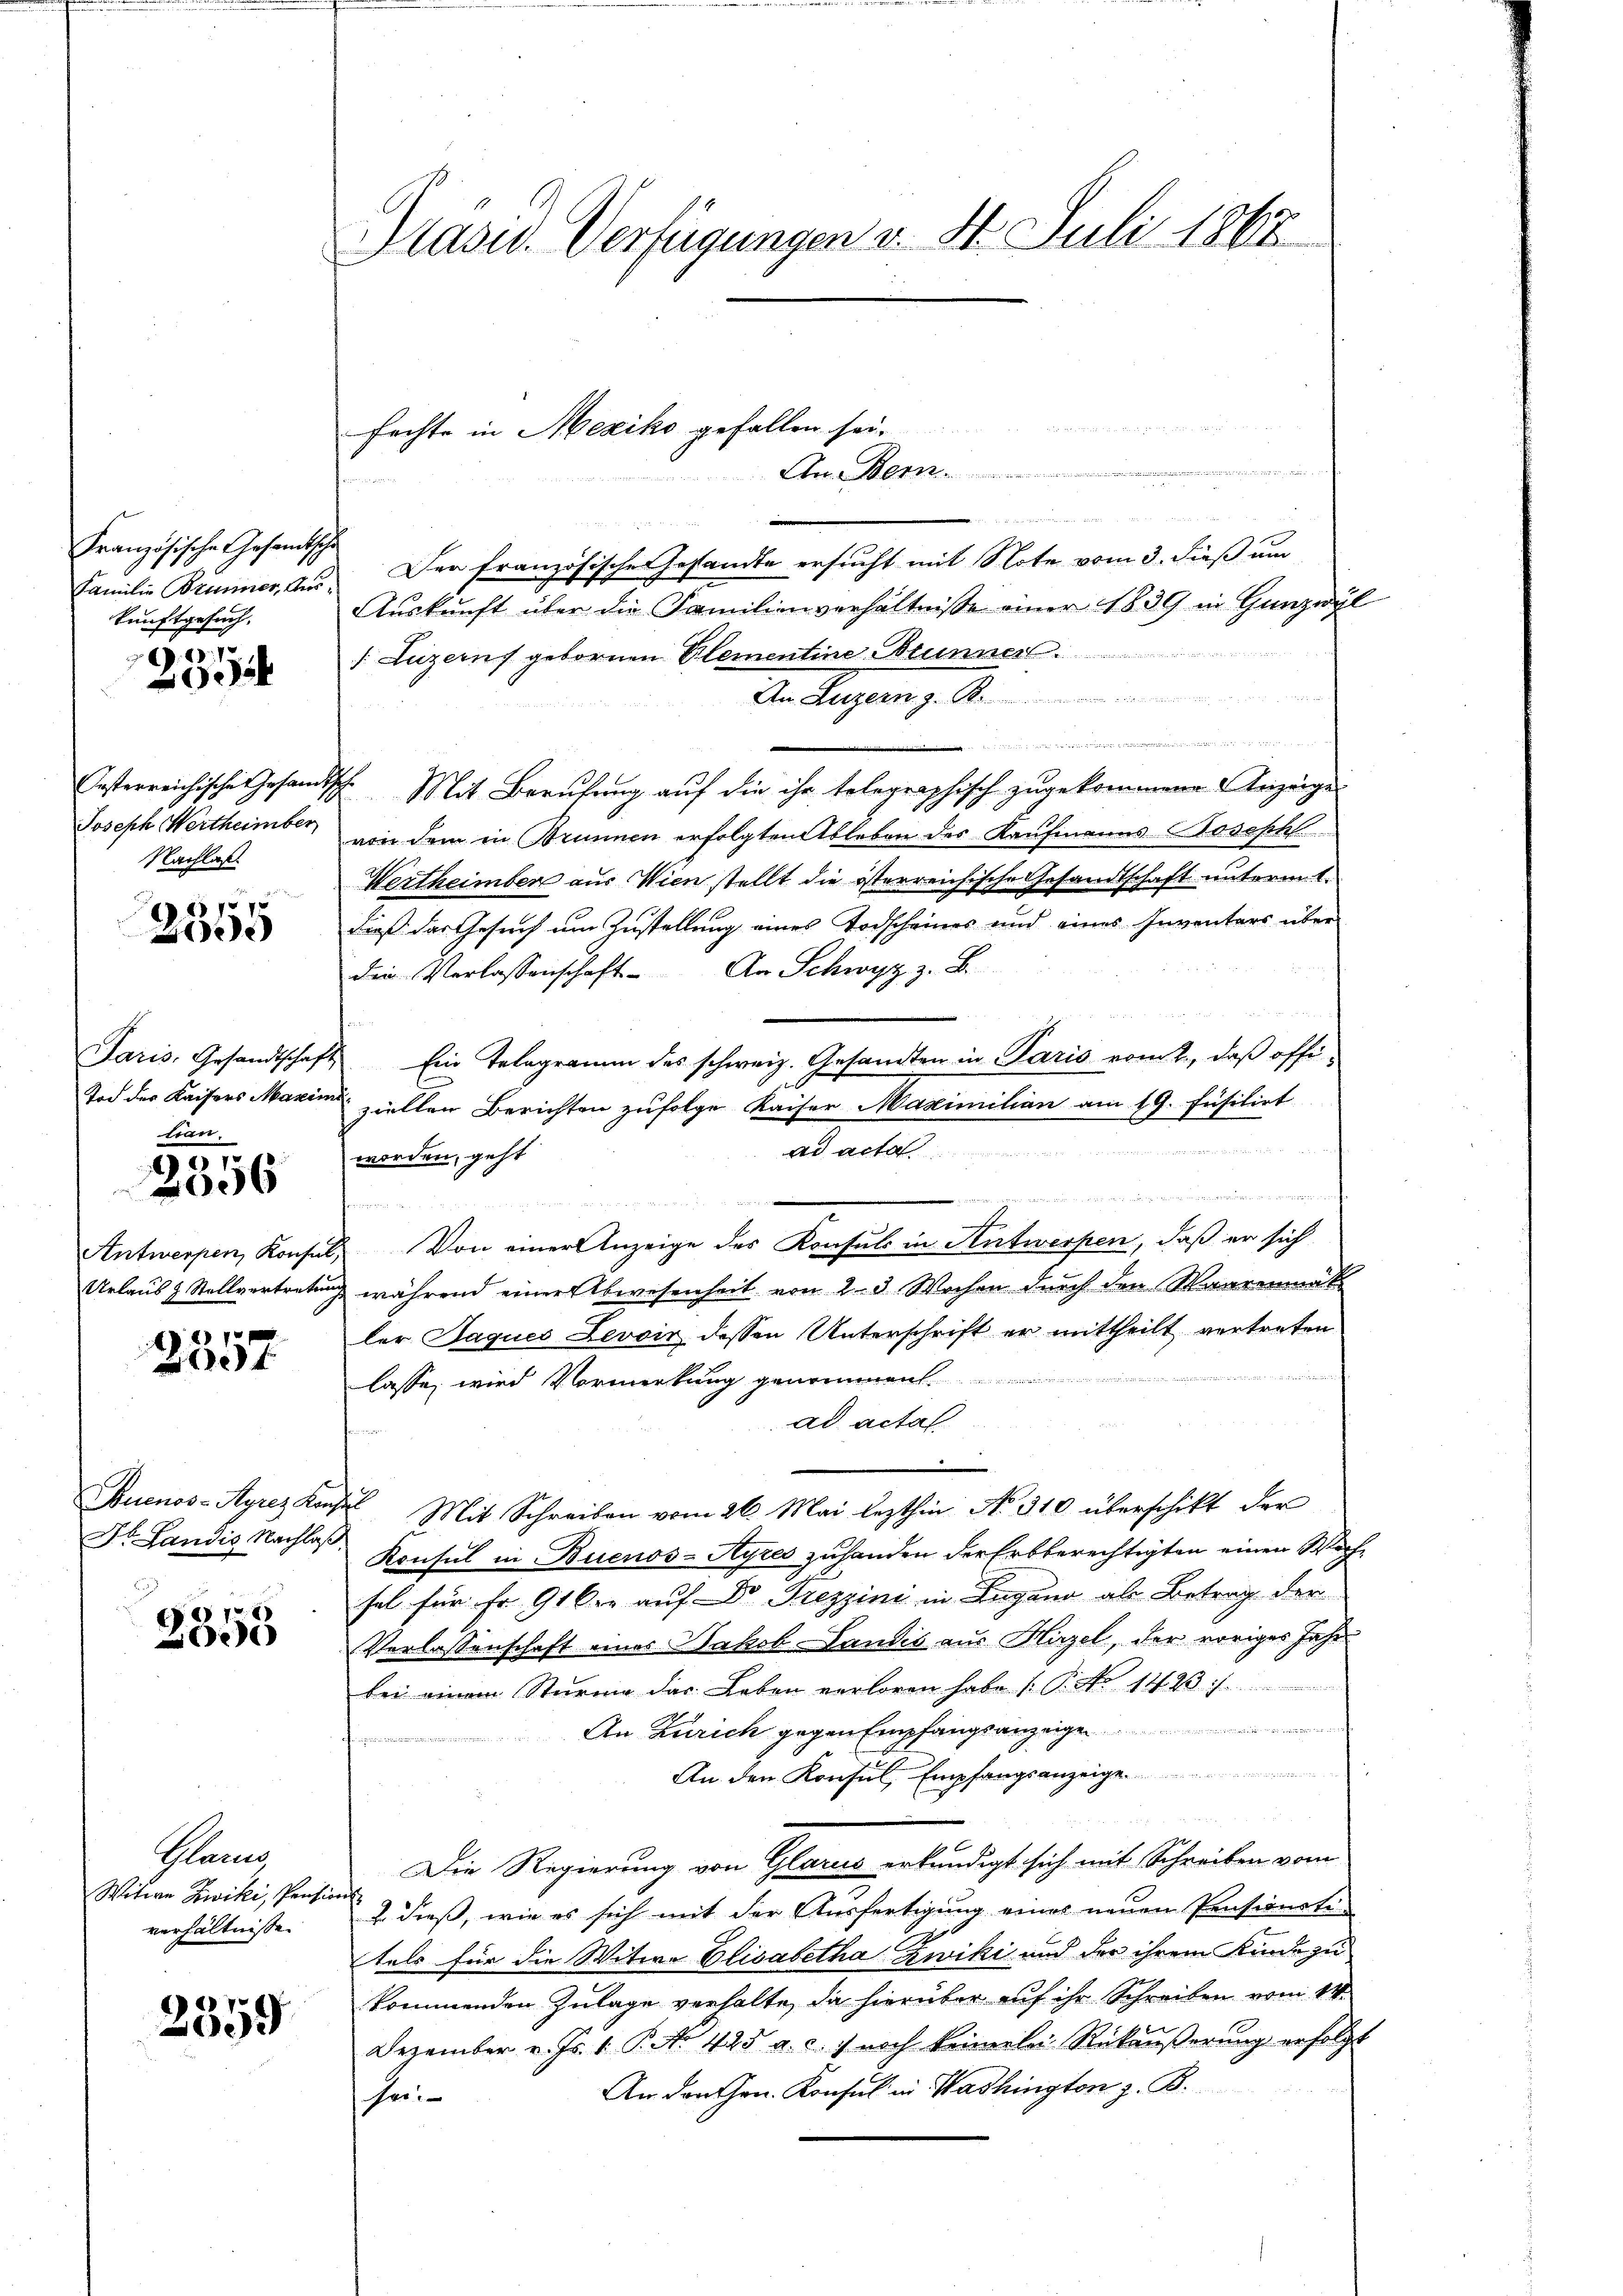
Französische Gesandtsch
Familie Brunner, Aus
kunftgesuch.

.10.1
2

Oesterreichische Gesandt
Joseph Wertheimber
Nachlaß

151575
2

Paris, Gesandtschaf
Tod des Kaisers Masein
tian.

20
006

Antwerpen, Konsul,
Urlaus & Stellvertrete

2357

Dr. Landis Nachlaß

7
2005

Plane
Witwe Zwiki, Pension
verhältnisse.

2359

Präsid. Verfügungen v. St. Juli 1868

fechte in Mexiko gefallen sei.

An Herr

Der französische Gesandte ersucht mit Note vom 3. dieß um
Aŭskŭnft über die Familienverhältnisse einer 1839 in Gunzwyl
 Luzern gebornen Elementine Brunner.
Am Luzern, z. B.
 und von angen
2. Mit Berufung auf die ihr telegraphisch zugekommene Anzeige
von dem in Brunnen erfolgten Ableben des Kaufmanns Joseph
Wertheimber aus Wien stellt die österreichische Gesandtschaft unterm 1.
dieß das Gesuch um Zustellung eines Todscheines und eines Inventars über
die Verlassenschaft. An Schwyz z. B.
Ein Telegramm des schweiz. Gesandten in Paris vom 2., daß offiziellen Berichten zufolge Kaiser Maximilian am 19. Füsilirt
ad acta
worden, geht
n
 1. Seitete de tute die He
n
h
Von einer Anzeige des Konsuls in Antwerpen, daß er sich
& während einer Abwesenheit von 2-3 Wochen durch den Waarenmatt
ler Jaques Levoir dessen Unterschrift er mittheilt vertreten
lasse, wird Vormerkung ge
ad actal
e
Buenos-Ayrez Konses Mit Schreiben vom 26. Mai lezthin No 310 überschikt der
Konsul in Buenos-Ayres zuhanden der Erbberechtigten einen Wechsel für Fr. 91 der auf Dr. Trezzini in Lugano als Betrag der
Verlassenschaft eines Wasch-Landis aus Hirzel, der voriges Jahr
bei einem Sturme das Leben verloren habe. (T. No 1429. /.
An Zürich gegen Empfangsanzeige
An den Konsul, Empfangsanzeige
Die Regierung von Glarus erkundigt sich mit Schreiben vom
f
 dieß, wie es sich mit der Ausfertigung eines neuen Pensionsti-
tals für die Witwe Elisabetha Zwiki und der ihrem Kinde zu
kommenden Zulage verhalte, da hierüber auf ihr Schreiben vom 14.
Dezember v. Js. 1. P. Nr. 425 a. c. . noch keinerlei Rückäŭβerŭng erfolgt
An den Hrn. Konsul in Washington z. B.
her: